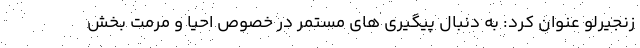
زنجیرلو عنوان کرد: به دنبال پیگیری های مستمر در خصوص احیا و مرمت بخش